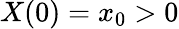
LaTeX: X(0)=x_{0}>0